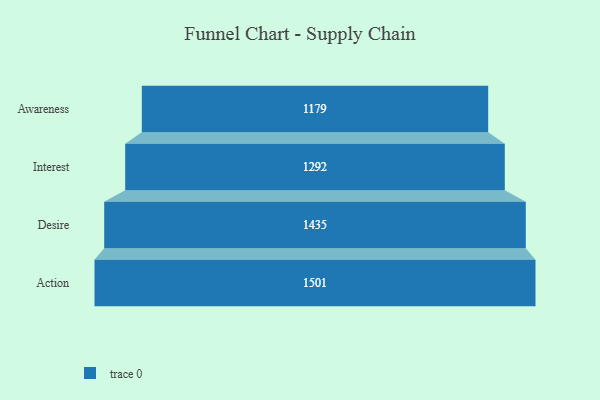
{"axis": {"x": "Stage", "y": "Value"}, "legend": [""], "data": [{"x": "Awareness", "y": 1179.0, "type": ""}, {"x": "Interest", "y": 1292.0, "type": ""}, {"x": "Desire", "y": 1435.0, "type": ""}, {"x": "Action", "y": 1501.0, "type": ""}]}